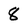
Character: 8